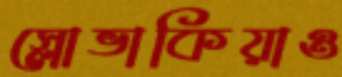
স্লোভাকিয়াও